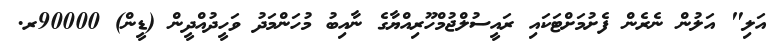
އަލި" އަލުން ނެރެން ފެށުމަށްޓަކައި ރައީސުލްޖުމްހޫރިއްޔާގެ ނާއިބު މުހަންމަދު ވަހީދުއްދީން (ޑީން) 90000ރ.